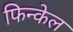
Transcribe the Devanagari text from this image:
फिन्केल